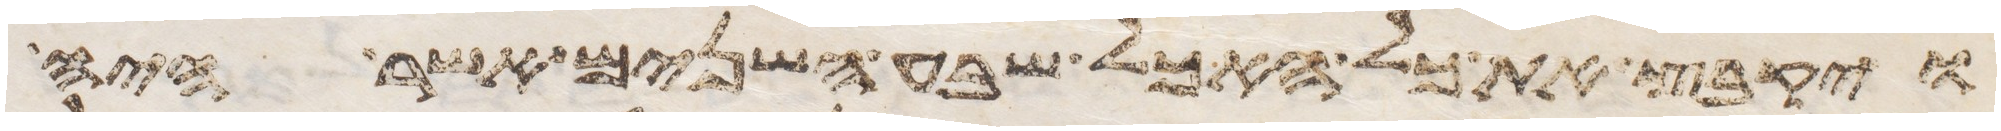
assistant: ויקבץ את כל האכל שבע השנים אשר היה